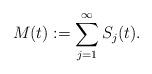
LaTeX: \begin{align*} M(t) := \sum_{j=1}^\infty S_j(t).\end{align*}